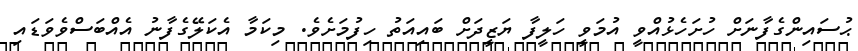
ޙުސައިންގެފާނަށް ހުށަހެޅުއްވީ އުމަވީ ހަލީފާ ޔަޒީދަށް ބައިއަތު ހިފުމަށެވެ. މިކަމާ އެކަލޭގެފާނު އެއްބަސްވެވަޑައި